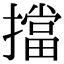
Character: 擋